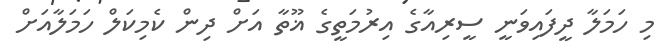
މި ހަމަލާ ދީފައިވަނީ ސީރިއާގެ އިރުމަތީގެ ޣޫތާ އަށް ދިން ކެމިކަލް ހަމަލާއަށް